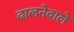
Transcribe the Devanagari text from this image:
ढालनेवाले